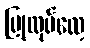
ပြုလုပ်လေ့